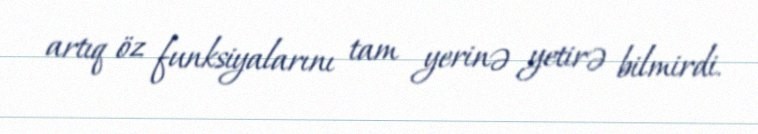
artıq öz funksiyalarını tam yerinə yetirə bilmirdi.